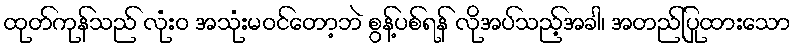
ထုတ်ကုန်သည် လုံးဝ အသုံးမဝင်တော့ဘဲ စွန့်ပစ်ရန် လိုအပ်သည့်အခါ၊ အတည်ပြုထားသော